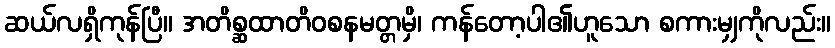
ဆယ်လရှိကုန်ပြီ။ အတိစ္ဆထာတိဝစနမတ္တမှိ၊ ကန်တော့ပါ၏ဟူသော စကားမျှကိုလည်း။